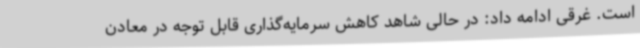
است. غرقی ادامه داد: در حالی شاهد کاهش سرمایه‌گذاری قابل توجه در معادن